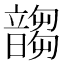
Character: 䪮